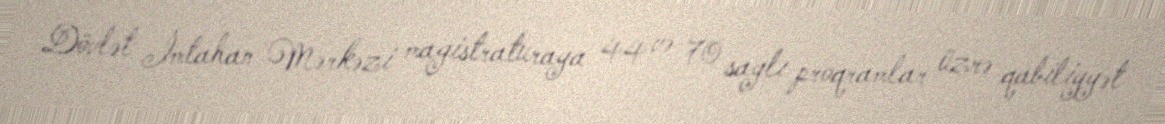
Dövlət İmtahan Mərkəzi magistraturaya 44 və 70 saylı proqramlar üzrə qabiliyyət